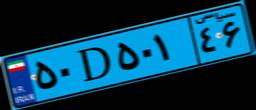
۵۰D۵۰۱۴۶